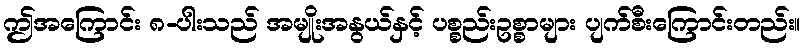
ဤအကြောင်း ၈-ပါးသည် အမျိုးအနွယ်နှင့် ပစ္စည်းဥစ္စာများ ပျက်စီးကြောင်းတည်း။